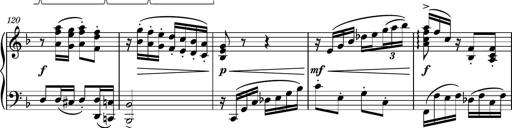
Title: Piano Sonatina No.8
Composer: Dimitri Sykias
Key: F major